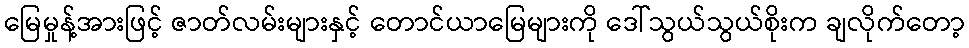
မြေမှုန့်အားဖြင့် ဇာတ်လမ်းများနှင့် တောင်ယာမြေများကို ဒေါ်သွယ်သွယ်စိုးက ချလိုက်တော့